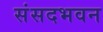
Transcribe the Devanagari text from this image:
संसदभवन